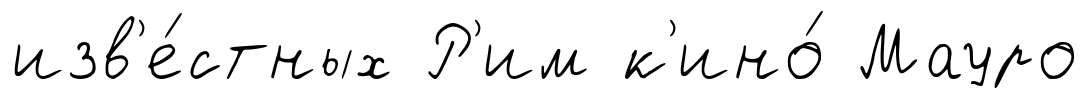
изв'е́стных Р'им к'ино́ Мауро